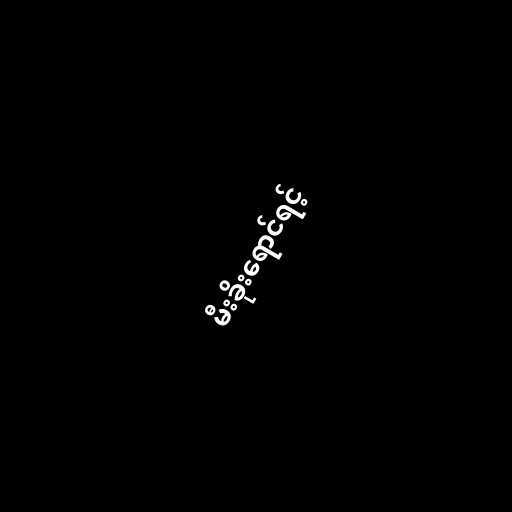
မီးခိုးရောင်ရင့်